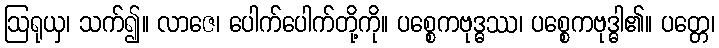
ဩရုယှ၊ သက်၍။ လာဇေ၊ ပေါက်ပေါက်တို့ကို။ ပစ္စေကဗုဒ္ဓဿ၊ ပစ္စေကဗုဒ္ဓါ၏။ ပတ္တေ၊